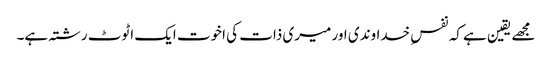
مجھے یقین ہے کہ نفسِ خداوندی اور میری ذات کی اخوت ایک اٹوٹ رشتہ ہے۔